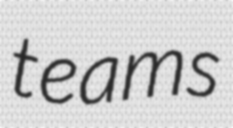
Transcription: teams